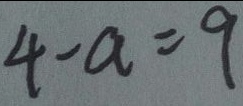
4 - a = 9